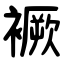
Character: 䙠